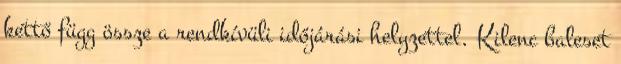
kettő függ össze a rendkívüli időjárási helyzettel. Kilenc baleset